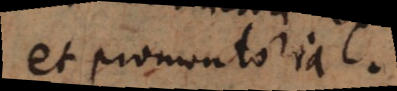
et promontoria.